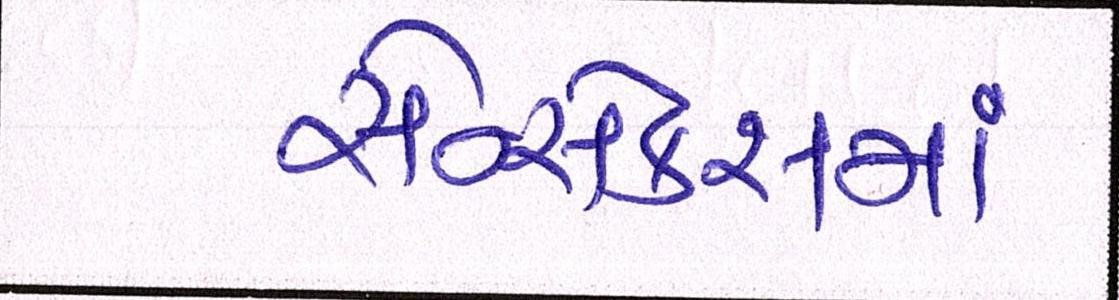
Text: સેન્સેક્સમાં